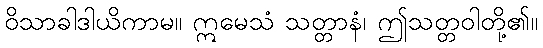
ဝိသာခါဒါယိကာမ။ ဣမေသံ သတ္တာနံ၊ ဤသတ္တဝါတို့၏။